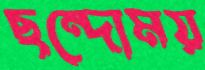
ছন্দোময়